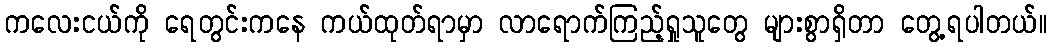
ကလေးငယ်ကို ရေတွင်းကနေ ကယ်ထုတ်ရာမှာ လာရောက်ကြည့်ရှုသူတွေ များစွာရှိတာ တွေ့ရပါတယ်။